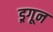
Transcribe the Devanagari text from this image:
ड्रगून